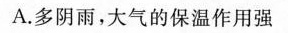
A.多阴雨，大气的保温作用强